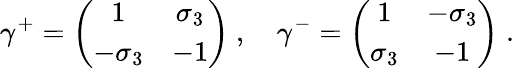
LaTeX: \gamma^{+}=\left(\begin{array}{cc}{{1}}&{{\sigma_{3}}}\\ {{-\sigma_{3}}}&{{-1}}\end{array}\right)~,~~~~\gamma^{-}=\left(\begin{array}{cc}{{1}}&{{-\sigma_{3}}}\\ {{\sigma_{3}}}&{{-1}}\end{array}\right)\; .